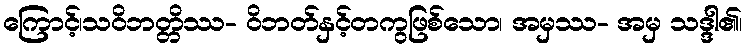
ကြောင့်၊သဝိဘတ္တိဿ- ဝိဘတ်နှင့်တကွဖြစ်သော၊ အမှဿ- အမှ သဒ္ဒါ၏၊